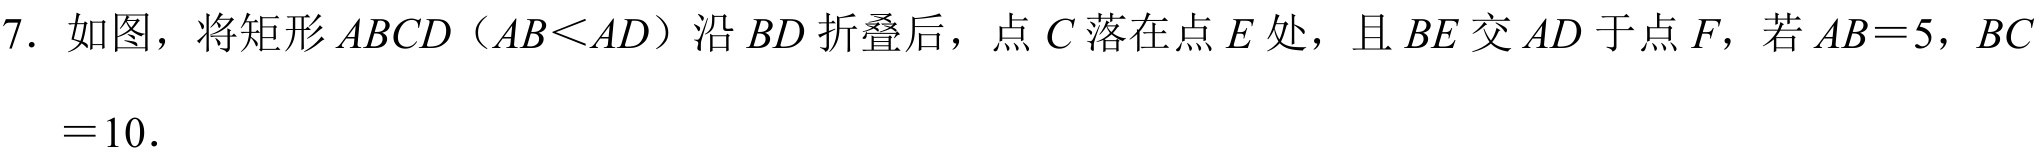
7. 如图，将矩形\(ABCD\)（\(AB<AD\)）沿\(BD\)折叠后，点\(C\)落在点\(E\)处，且\(BE\)交\(AD\)于点\(F\)，若\(AB = 5\)，\(BC=10\)．